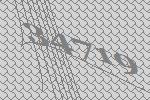
34719